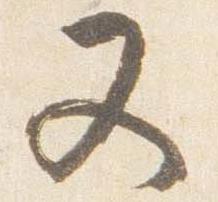
又